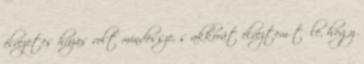
élvezetes húzás volt mindössze, s akkorát élveztem tőle, hogy